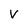
Character: V